Statistics compiled by the Government of India from the reports of provincial Civil Veterinary Departments
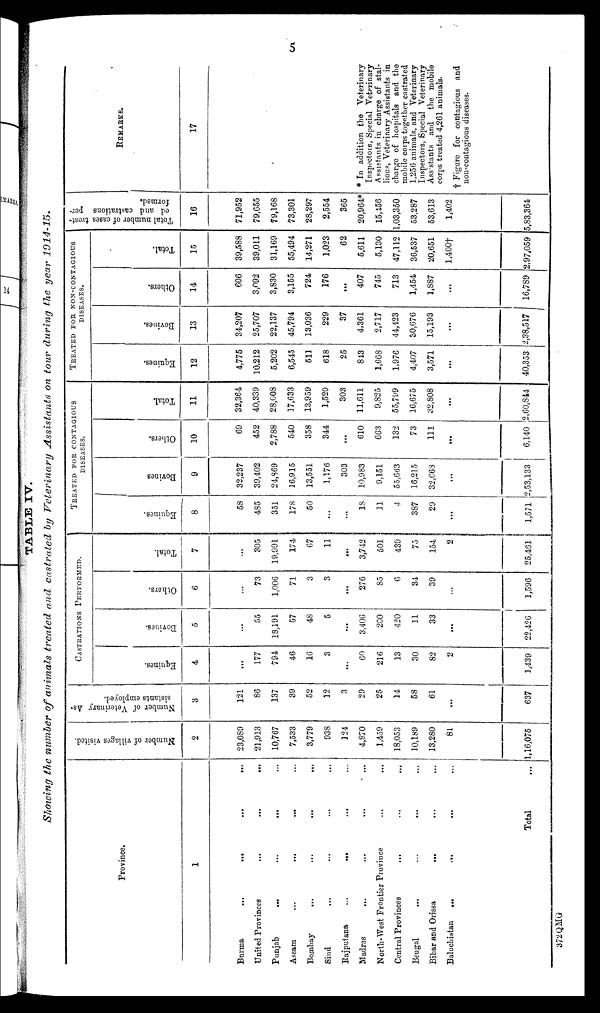
5
TABLE IV.
Showing the number of animals treated and castrated by Veterinary Assistants on tour during the year 1914-15.
Province.
1
Burma
...
...
...
...
United Provinces
...
...
...
Punjab
...
...
...
Assam
...
...
...
Bombay
...
...
...
...
Sind ... ... ... ...
Rajputana
...
...
...
Madras ... ... ... ... ...
North-West Frontier Province ... ...
Central Provinces ... ... ...
Bengal
...
...
...
Bihar and Orissa
...
Baluchistan
...
...
...
Total ...
Number of villages visited.
2
23,089
21,913
10,767
7,533
3,779
938
124
4,870
1,459
18,053
10,189
13,280
81
1,16,075
Number of Veterinary
As-
sistants employed.
3
121
86
137
39
52
12
3
29
25
14
58
61
...
637
CASTRATIONS PERFORMED..
Equines.
4
...
177
794
46
16
3
...
60
216
13
30
82
2
1,439
Bovines.
5
...
55
18,191
57
48
5
...
3.406
200
420
11
33
...
22,426
Others.
6
...
73
1,006
71
3
3
...
276
85
6
34
39
...
1,596
Total.
7
...
305
19,991
174
67
11
...
3,742
501
439
75
154
2
25,461
TREATED FOR CONTAGIOUS DISEASES.
Equines.
8
58
485
351
178
50
...
...
18
11
4
387
29
...
1,571
Bovines
9
32,237
39,402
24,S69
16,915
13,551
1,176
303
10,983
9,151
55,663
16,215
32,663
...
2,53,133
Others.
10
69
452
2,788
540
358
344
...
610
663
132
73
111
...
6,140
Total.
11
32,364
40,339
28,008
17,633
13,959
1,520
303
11,611
9,825
55,799
16,675
32,808
...
2,60,844
TREATED FOE NON-CONTAGIOUS DISEASES.
Equines.
12
4,775
10,212
5,202
6,545
511
618
25
813
1,668
1,976
4,407
3,571
...
40,353
Bovines.
13
34,207
25,707
22,137
45,794
13,036
229
37
4,361
2,717
44,423
30,676
15,193
...
2,38,517
Others.
14
606
3,092
3,830
3,155
724
176
...
407
745
713
1,454
1,887
...
16,789
Total.
15
39,588
39,011
31,169
55,494
14,271
1,023
62
5,611
5,130
47,112
36,537
20,651
l,400†
2,97,059
Total number of cases treat-
ed and castrations per-
formed.
16
71,952
79,655
79,168
73,301
28,297
2,554
365
20,964*
15,456
1,03,350
53,287
53,613
1,402
5,83,364
REMARKS.
17
* In addition the Veterinary
Inspectors, Special Veterinary
Assistants in charge of stal-
lions, Veterinary Assistants in
charge of hospitals and the
mobile corps together castrated
1,256 animals, and Veterinary
Inspectors, Special Veterinary
Assistants and
the mobile
corps treated 4,261 animals.
† Figure for contagious and
non-contagious diseases.
372QMG